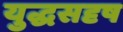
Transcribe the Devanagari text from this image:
युद्धसदृष